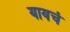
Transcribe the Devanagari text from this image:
यायचं